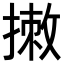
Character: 𢲆